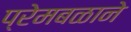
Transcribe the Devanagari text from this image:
प्रेमबळाने